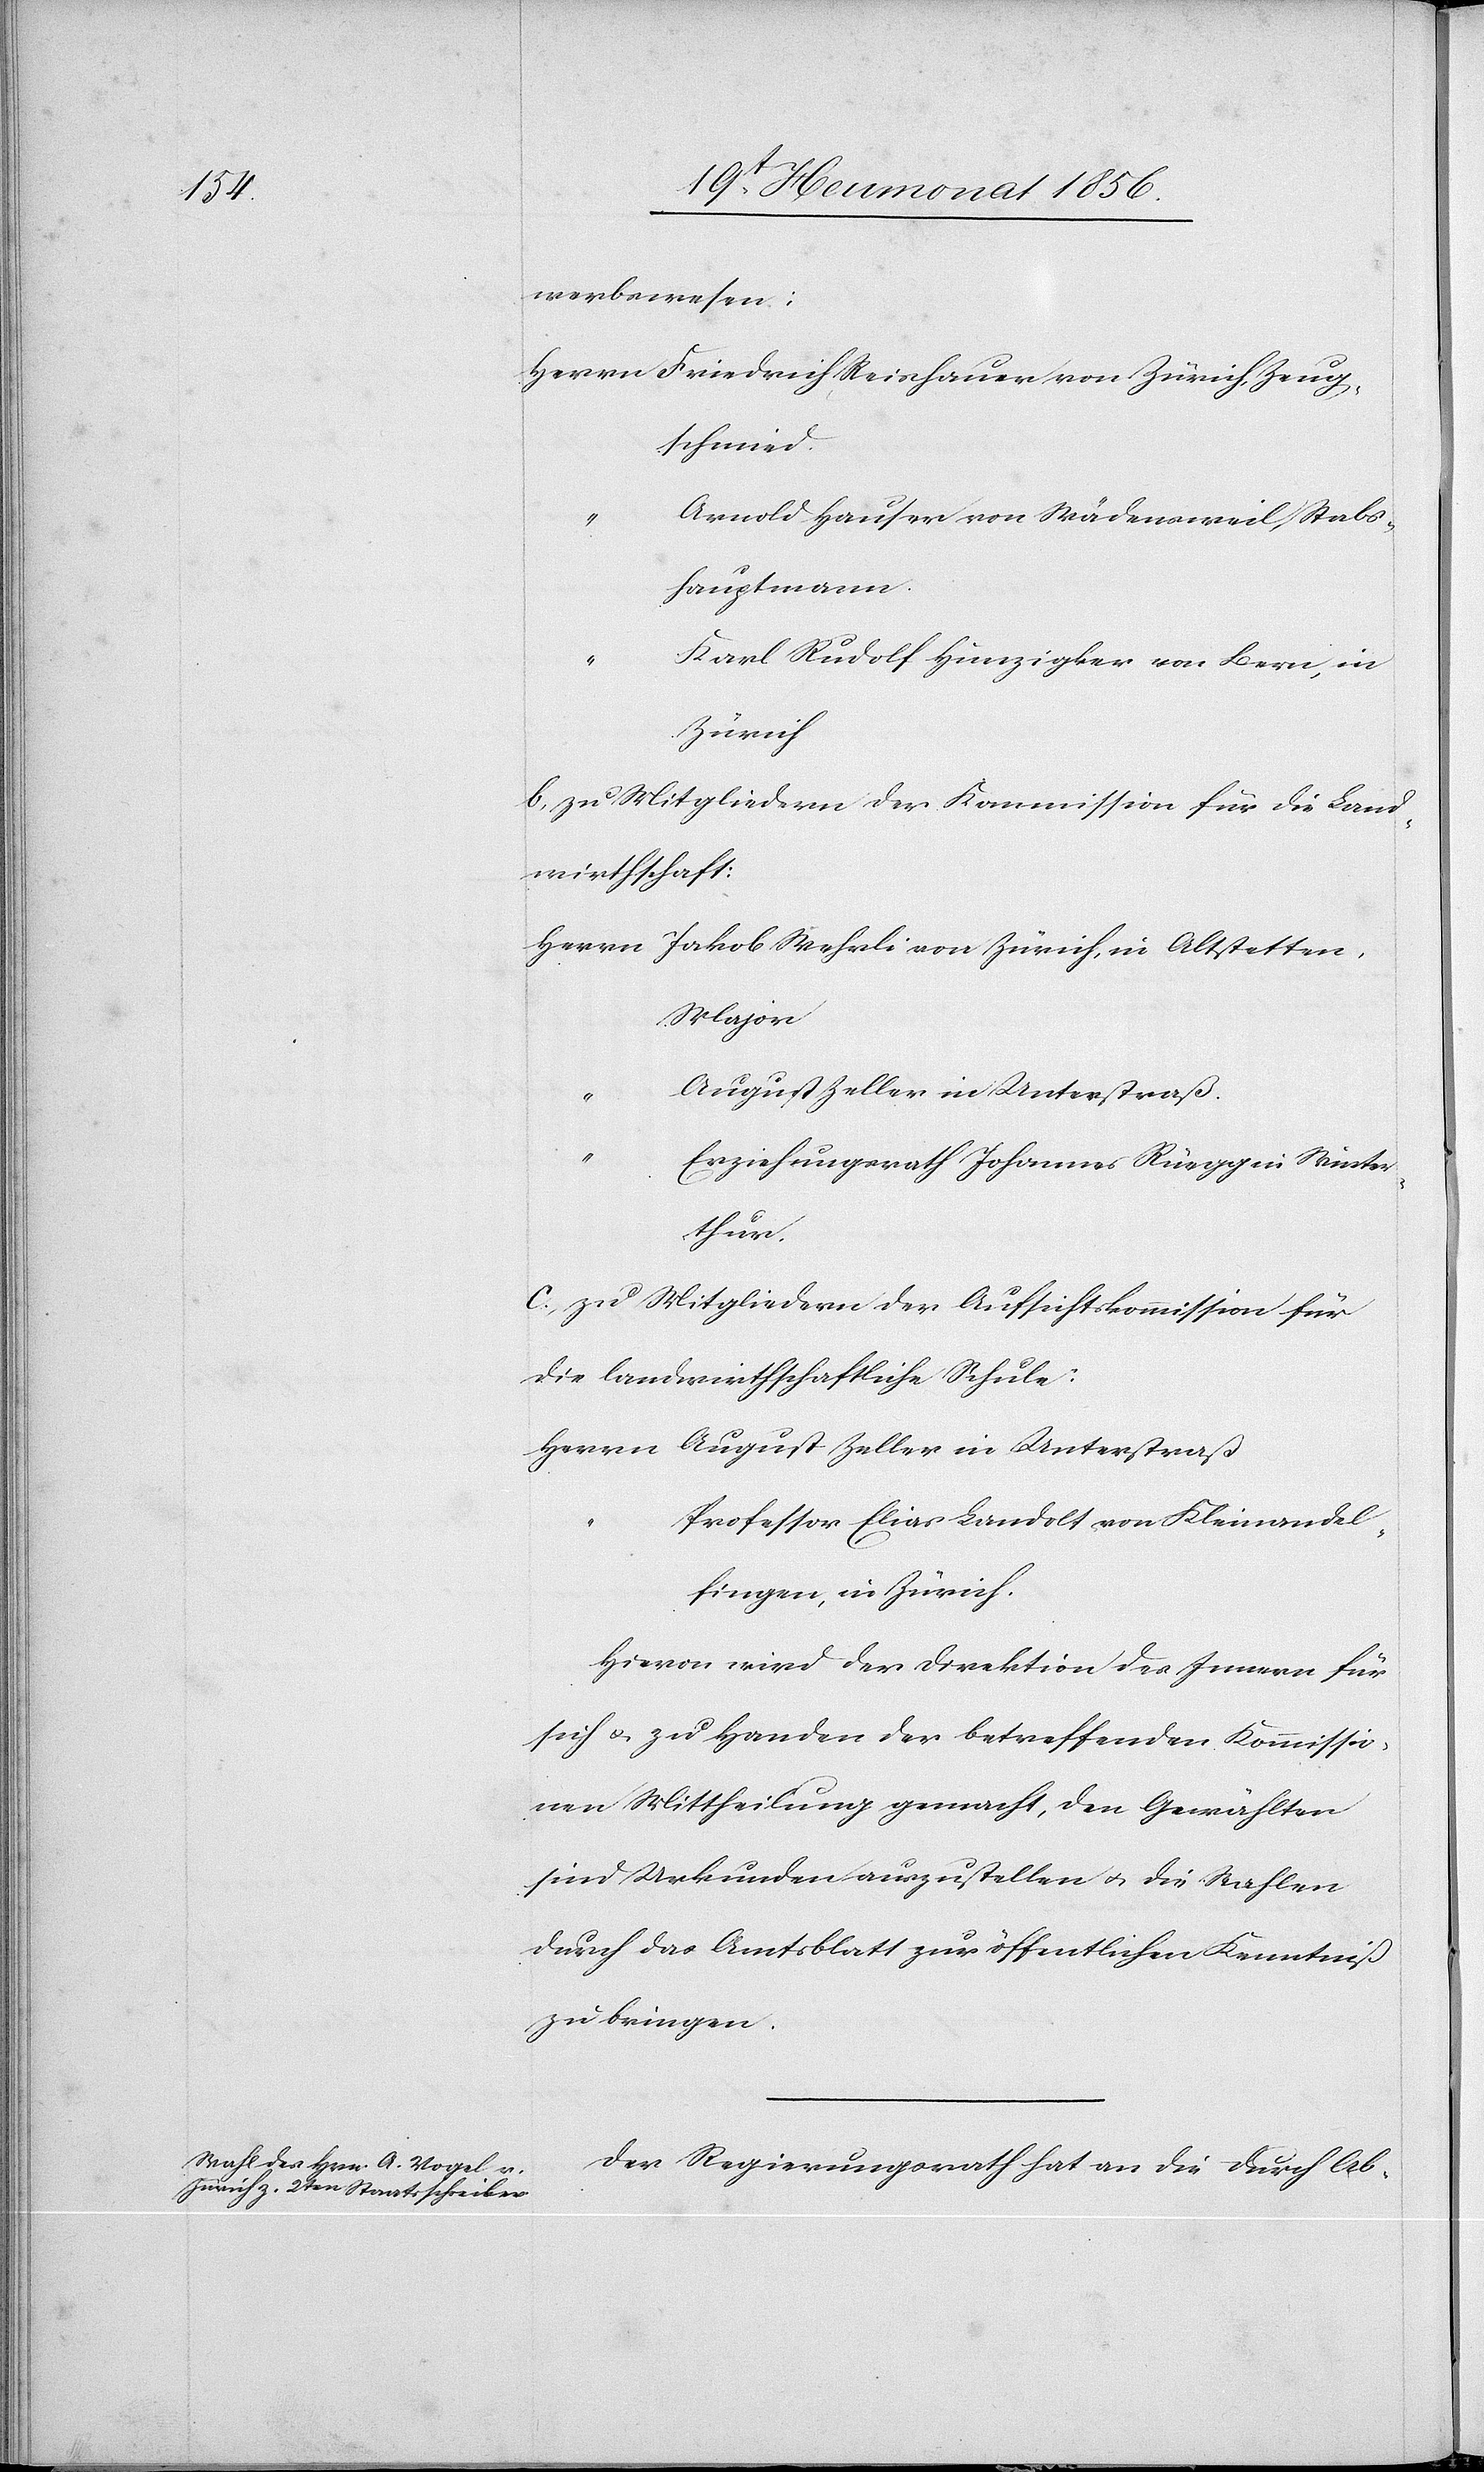
werbswesen:
Herrn Friedrich Reishauer von Zürich, Zeug¬
schmied.
Arnold Hauser von Wädensweil, Stabs¬
hauptmann.
Karl Rudolf Hunzigker von Bern, in
Zürich
b) zu Mitgliedern der Kommission für die Land¬
wirthschaft:
Herrn
Jakob Wehrli von Zürich, in Altstetten,
Major
August Zeller in Unterstraß.
Erziehungsrath Johannes Rüegg in Winter¬
thur.
c) zu Mitgliedern der Aufsichtskommission für
die landwirthschaftliche Schule:
Herrn August Zeller in Unterstraß
Professor Elias Landolt von Kleinandel¬
fingen, in Zürich.
Hievon wir der Direktion des Innern für
sich u. zu Handen der betreffenden Kommissio¬
nen Mittheilung gemacht, den Gewählten
sind Urkunden auszustellen u. die Wahlen
durch das Amtsblatt zur öffentlichen Kenntniß
zu bringen.
Der Regierungsrath hat an die durch Ab-